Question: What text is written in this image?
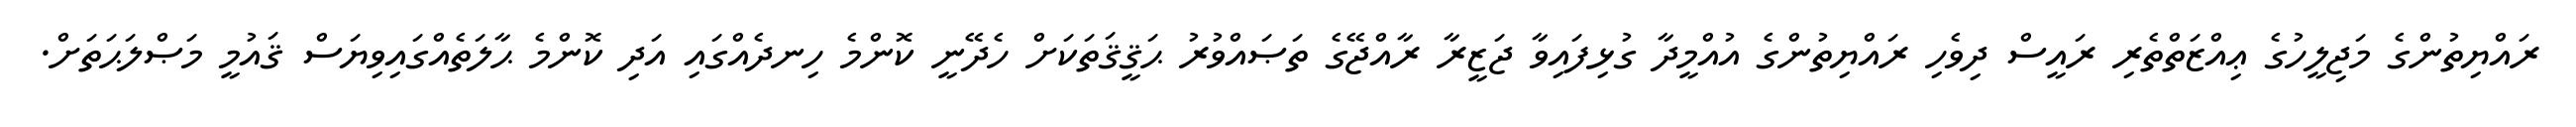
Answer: ރައްޔިތުންގެ މަޖިލީހުގެ ޢިއްޒަތްތެރި ރައީސް ދިވެހި ރައްޔިތުންގެ އުއްމީދާ ގުޅިފައިވާ ޖަޒީރާ ރާއްޖޭގެ ތަޞައްވުރު ޙަޤީޤަތަކަށް ހެދޭނީ ކޮންމެ ހިނދެއްގައި އަދި ކޮންމެ ޙާލަތެއްގައިވިޔަސް ޤައުމީ މަޞްލަޙަތަށް.